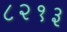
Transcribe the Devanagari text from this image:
८२१३